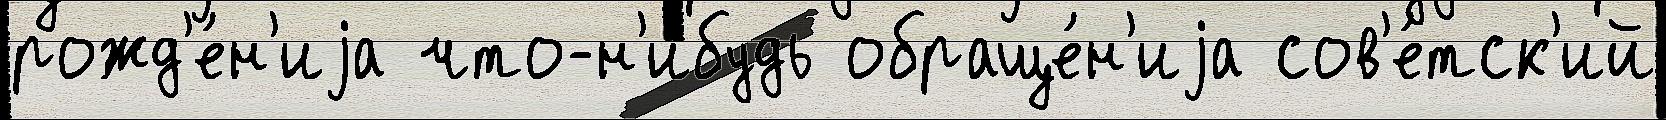
рожд'е́н'иjа что-н'ибудь обраще́н'иjа сов'е́тск'ий